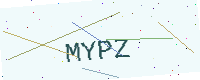
Text: MYPZ